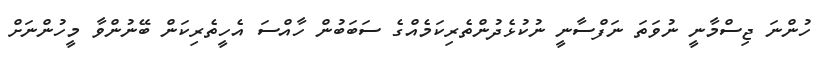
ހުންނަ ޖިސްމާނީ ނުވަތަ ނަފްސާނީ ނުކުޅެދުންތެރިކަމެއްގެ ސަބަބުން ހާއްސަ އެހީތެރިކަން ބޭނުންވާ މީހުންނަށް